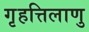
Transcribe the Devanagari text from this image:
गृहत्तिलाणु